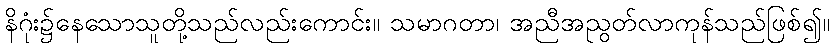
နိဂုံး၌နေသောသူတို့သည်လည်းကောင်း။ သမာဂတာ၊ အညီအညွတ်လာကုန်သည်ဖြစ်၍။